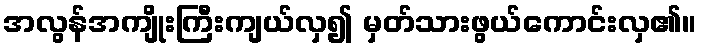
အလွန်အကျိုးကြီးကျယ်လှ၍ မှတ်သားဖွယ်ကောင်းလှ၏။